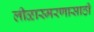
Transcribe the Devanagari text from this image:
लीळास्मरणासाठी